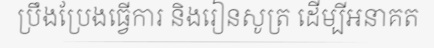
ប្រឹងប្រែងធ្វើការ និងរៀនសូត្រ ដើម្បីអនាគត